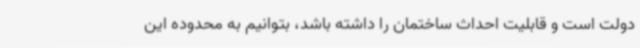
دولت است و قابلیت احداث ساختمان را داشته باشد، بتوانیم به محدوده این